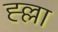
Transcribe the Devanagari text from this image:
ह्ल्ला